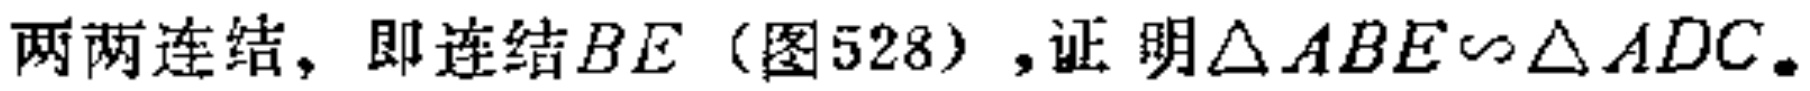
两两连结，即连结\(BE\)（图528）,证明\(\triangle ABE\sim\triangle ADC\)。